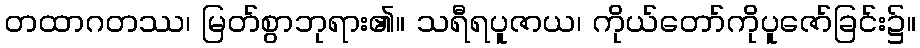
တထာဂတဿ၊ မြတ်စွာဘုရား၏။ သရီရပူဇာယ၊ ကိုယ်တော်ကိုပူဇော်ခြင်း၌။